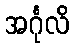
အင်္ဂုလိ